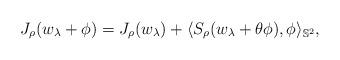
LaTeX: \begin{align*}J_{\rho}(w_{\lambda}+\phi)=J_{\rho}(w_{\lambda})+\langle S_{\rho}(w_{\lambda}+\theta \phi),\phi\rangle_{\mathbb{S}^2},\end{align*}